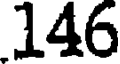
146